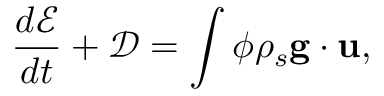
\frac { d \mathcal E } { d t } + \mathcal D = \int \phi \rho _ { s } { \bf g } \cdot { \bf u } ,